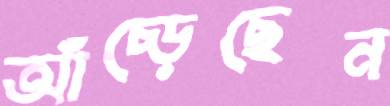
আঁচ্‌ড়েছেন